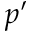
p ^ { \prime }